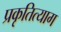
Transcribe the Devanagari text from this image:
प्रकृतित्याग